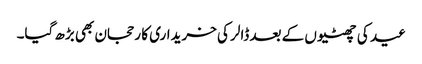
عید کی چھٹیوں کے بعد ڈالر کی خریداری کا رحجان بھی بڑھ گیا۔